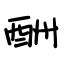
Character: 酬